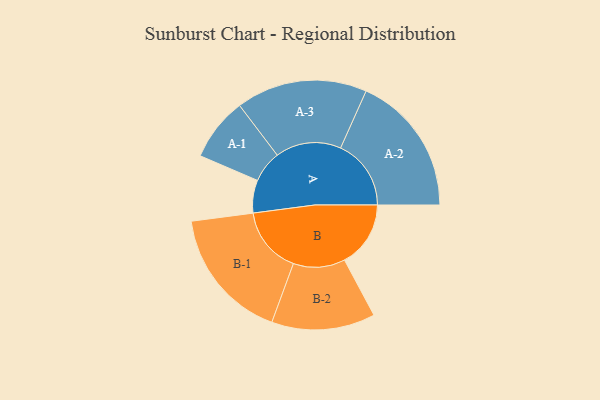
{"axis": {"x": "Segment", "y": "Value"}, "legend": ["", "A", "B"], "data": [{"x": "A", "y": 121, "type": ""}, {"x": "B", "y": 244, "type": ""}, {"x": "A-1", "y": 117, "type": "A"}, {"x": "A-2", "y": 260, "type": "A"}, {"x": "A-3", "y": 242, "type": "A"}, {"x": "B-1", "y": 246, "type": "B"}, {"x": "B-2", "y": 191, "type": "B"}]}